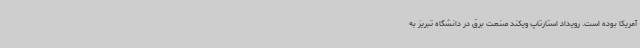
آمریکا بوده است. رویداد استارتاپ ویکند صنعت برق در دانشگاه تبریز به